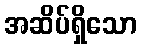
အဆိပ်ရှိသော